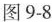
(3)计算滑轮组提升该重物时的机械效率。